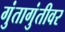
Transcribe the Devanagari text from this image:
गुंतागुंतीवर